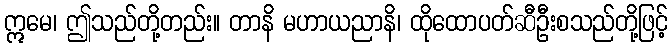
ဣမေ၊ ဤသည်တို့တည်း။ တာနိ မဟာယညာနိ၊ ထိုထောပတ်ဆီဦးစသည်တို့ဖြင့်